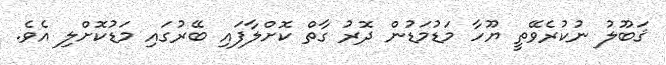
ޤަބޫލު ނުކުރެވޭތީ ޔޫހާ މަޑުމަޑުން ދޮރު ގާތް ކޮށްލާފައި ބޭރުގައި މަޑުކޮށްލި އެވެ.